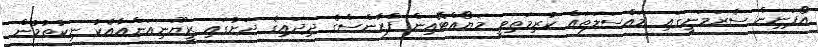
އޯޕަނިން ސެރަމަނީގައި މައްސަލަތައް ކުރިމަތިވީ މަޔޯއްޓޭއިން ފްރާންސްގެ ދިދައިގެ ދަށުގައި ރީޔޫނިއަންއާއެކު ނިކުތުމުން